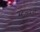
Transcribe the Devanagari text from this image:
स्टेजवजा